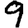
Digit: 9